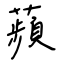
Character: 蘋